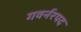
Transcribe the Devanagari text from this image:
गवर्नरपद